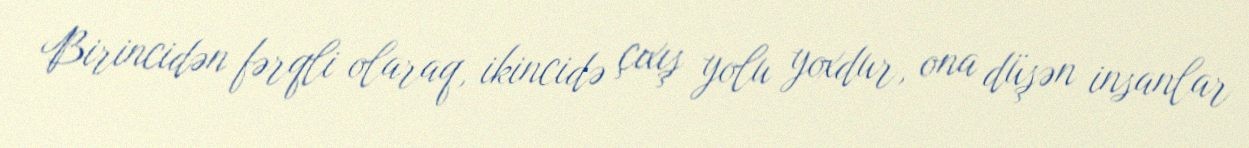
Birincidən fərqli olaraq, ikincidə çıxış yolu yoxdur, ona düşən insanlar